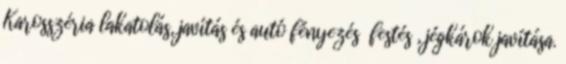
Karosszéria lakatolás, javítás és autó fényezés festés , jégkárok javítása.